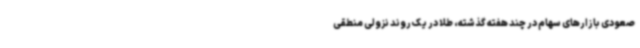
صعودی بازارهای سهام در چند هفته گذشته، طلا در یک روند نزولی منطقی